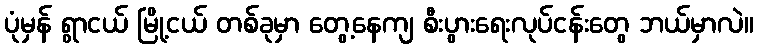
ပုံမှန် ရွာငယ် မြို့ငယ် တစ်ခုမှာ တွေ့နေကျ စီးပွားရေးလုပ်ငန်းတွေ ဘယ်မှာလဲ။